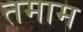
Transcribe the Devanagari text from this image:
तमाम